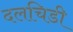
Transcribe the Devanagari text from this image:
दलचिडी